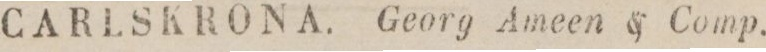
CARLSKRONA. Georg Ameen & Comp.